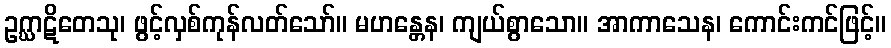
ဥဂ္ဃာဋိတေသု၊ ဖွင့်လှစ်ကုန်လတ်သော်။ မဟန္တေန၊ ကျယ်စွာသော။ အာကာသေန၊ ကောင်းကင်ဖြင့်။